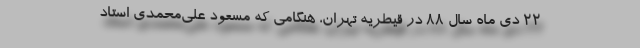
۲۲ دی ماه سال ۸۸ در قیطریه تهران، هنگامی که مسعود علی‌محمدی استاد